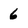
Character: 6